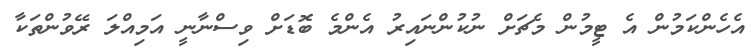
އެހެންކަމުން އެ ޓީމުން މެޗަށް ނުކުންނައިރު އެންމެ ބޮޑަށް ވިސްނާނީ އަމިއްލަ ރޭވުންތަކާ